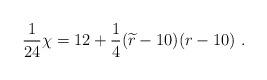
LaTeX: \begin{align*}{1\over 24} \chi= 12+{1\over 4}({\widetilde r} -10) (r-10)~.\end{align*}